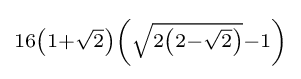
\scriptstyle 16\left(1+{\sqrt {2}}\right)\left({\sqrt {2\left(2-{\sqrt {2}}\right)}}-1\right)